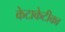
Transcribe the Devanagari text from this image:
केटाकेटीका